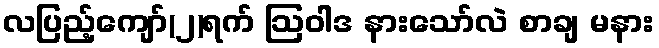
လပြည့်ကျော်(၂)ရက် ဩဝါဒ နားသော်လဲ စာချ မနား